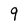
Character: 9